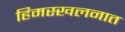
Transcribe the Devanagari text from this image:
हिमस्खलनात